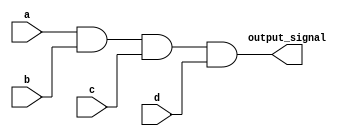
module four_input_and_gate (
    input a,
    input b,
    input c,
    input d,
    output output_signal
);

assign output_signal = a & b & c & d;

endmodule